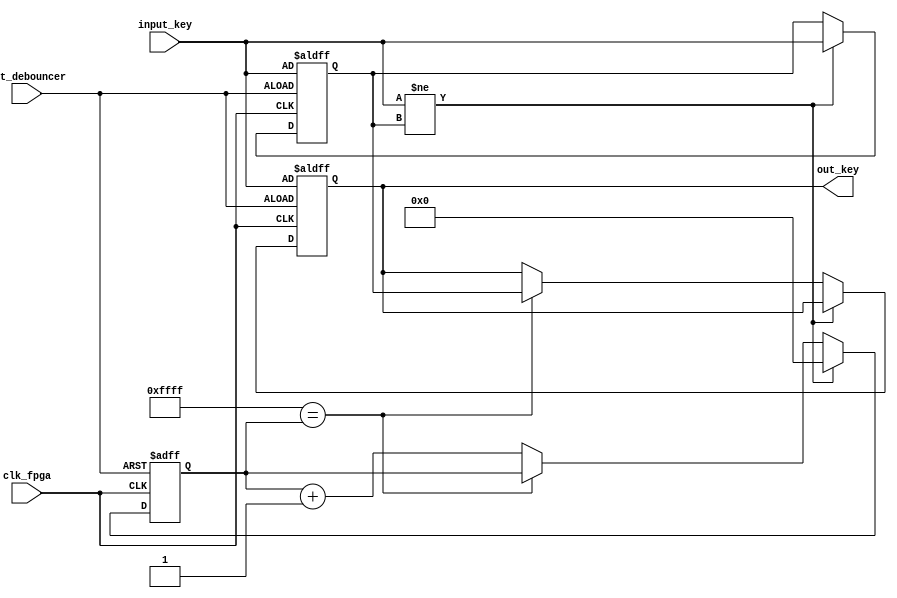
/* ********************************************************************************************* */
/* * Simple (very very) simple button debouncer                                                * */
/* * Authors: Andr Bannwart Perina                                                            * */
/* * BASED ON http://web.mit.edu/6.111/www/f2005/code/jtag2mem_6111/debounce.v.html but with   * */
/* * nice comments.                                                                            * */
/* ********************************************************************************************* */
/* * Copyright (c) 2017 Andr B. Perina                                                        * */
/* *               2005 Costas Calamvokis                                                      * */
/* *                                                                                           * */
/* * Permission is hereby granted, free of charge, to any person obtaining a copy of this      * */
/* * software and associated documentation files (the "Software"), to deal in the Software     * */
/* * without restriction, including without limitation the rights to use, copy, modify,        * */
/* * merge, publish, distribute, sublicense, and/or sell copies of the Software, and to        * */
/* * permit persons to whom the Software is furnished to do so, subject to the following       * */
/* * conditions:                                                                               * */
/* *                                                                                           * */
/* * The above copyright notice and this permission notice shall be included in all copies     * */
/* * or substantial portions of the Software.                                                  * */
/* *                                                                                           * */
/* * THE SOFTWARE IS PROVIDED "AS IS", WITHOUT WARRANTY OF ANY KIND, EXPRESS OR IMPLIED,       * */
/* * INCLUDING BUT NOT LIMITED TO THE WARRANTIES OF MERCHANTABILITY, FITNESS FOR A PARTICULAR  * */
/* * PURPOSE AND NONINFRINGEMENT. IN NO EVENT SHALL THE AUTHORS OR COPYRIGHT HOLDERS BE LIABLE * */
/* * FOR ANY CLAIM, DAMAGES OR OTHER LIABILITY, WHETHER IN AN ACTION OF CONTRACT, TORT OR      * */
/* * OTHERWISE, ARISING FROM, OUT OF OR IN CONNECTION WITH THE SOFTWARE OR THE USE OR OTHER    * */
/* * DEALINGS IN THE SOFTWARE.                                                                 * */
/* ********************************************************************************************* */

module debouncer(
		clk_fpga,
		rst_debouncer,
		input_key,
		out_key
	);

	/* Input clock (50 MHz is a good choice) */
	input clk_fpga;
	/* Reset input (active low, may be bounced, or we will face infinite debouncing recursion */
	input rst_debouncer;
	/* Noisy input (may be active high or low) */
	input input_key;
	/* Clean output (may be active high or low) */
	output reg out_key;

	/* Number of bits for the counter */
	parameter DELAY_BITS = 16;

	/* Counter register with DELAY_BITS bits */
	reg [DELAY_BITS-1:0] counter;
	/* Intermediate register: it holds the input value every time it changes */
	reg intermediate;

	/* At every rising edge of clock */
	always @(posedge clk_fpga or negedge rst_debouncer) begin
		/* Reset logic */
		if(!rst_debouncer) begin
			intermediate <= input_key;
			out_key <= input_key;
			counter <= 0;
		end
		/* A state change was detected on input. The counter resets to 0 and this change is saved on the intermediate register */
		else if(input_key != intermediate) begin
			intermediate <= input_key;
			counter <= 0;
		end
		/* The input state has not changed for a long time. It's time to update the output with the intermediate value! */
		else if({DELAY_BITS{1'b1}} == counter) begin
			out_key <= intermediate;
		end
		/* No change on input and the counter hasn't reached its maximum: roll the counter */
		else begin
			counter <= counter + 1;
		end
	end

endmodule